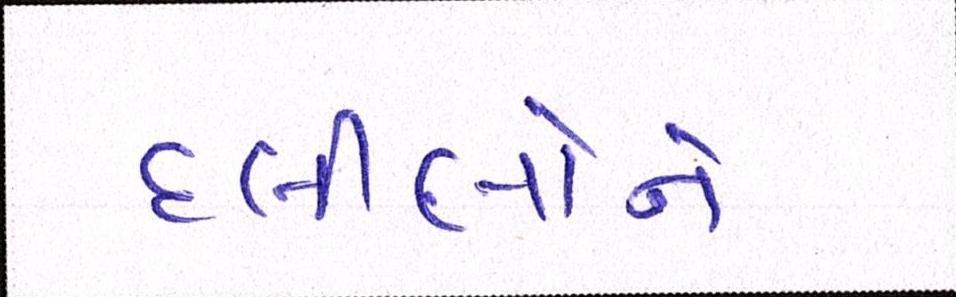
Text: દલીલોને